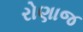
રોણાજ